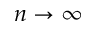
n \rightarrow \infty